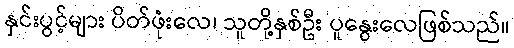
နှင်းပွင့်များ ပိတ်ဖုံးလေ၊ သူတို့နှစ်ဦး ပူနွေးလေဖြစ်သည်။